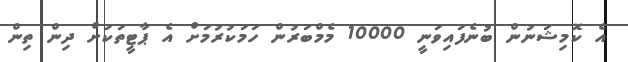
އެ ކޮމިޝަނުން ބުނެފައިވަނީ 10000 މެމްބަރުން ހަމަކުރުމަށް އެ ޕާޓީތަކަށް ދިން ތިން